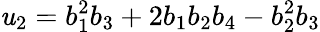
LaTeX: \mathit{u}_{2}=b_{1}^{2}b_{3}+2b_{1}b_{2}b_{4}-b_{2}^{2}b_{3}